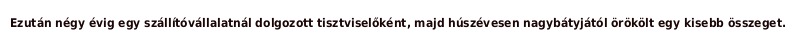
Ezután négy évig egy szállítóvállalatnál dolgozott tisztviselőként, majd húszévesen nagybátyjától örökölt egy kisebb összeget.